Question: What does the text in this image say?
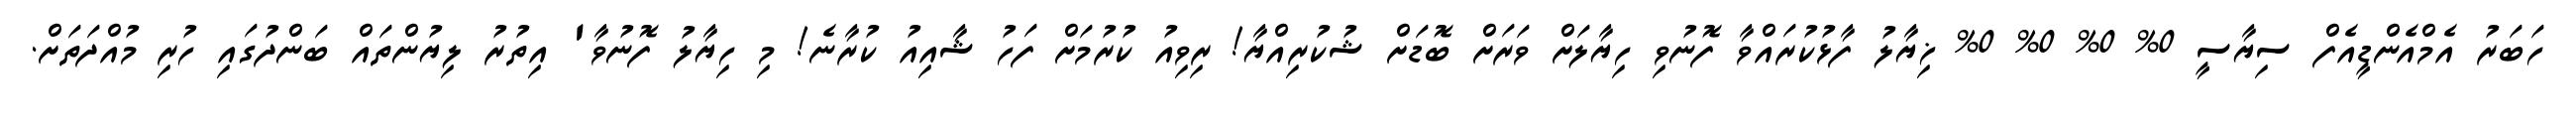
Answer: ހަބަރު އެމްއެންޑީއެފް ސިޔާސީ 0% 0% 0% 0% ޚިޔާލު ފާޅުކުރައްވާ ފޮނުވި ހިޔާލަށް ވަރަށް ބޮޑަށް ޝުކުރިއްޔާ! ރިވިއު ކުރުމަށް ފަހު ޝާއިއު ކުރާނެ! މި ހިޔާލު ފޮނުވާ' އިތުރު ލިޔުންތައް ބަންދުގައި ހުރި މުއްދަތަށް.